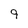
Character: 9